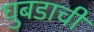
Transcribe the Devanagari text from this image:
घुबडाची